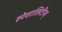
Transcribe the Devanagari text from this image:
स्पेशालिटीज्